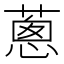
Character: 蔥